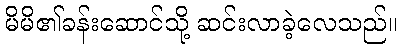
မိမိ၏ခန်းဆောင်သို့ ဆင်းလာခဲ့လေသည်။